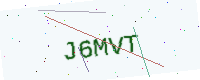
Text: J6MVT